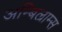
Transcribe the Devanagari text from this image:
अम्बिल्राम्स